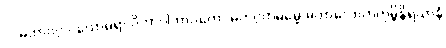
၁၊ မဟာဝဂ္ဂ ပယောဓရာ ဝိဘာဂါဘာဝတော မဟဂ္ဂတဓမ္မေ မဟာလောဟကုမ္ဘိနိရယာနံ